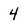
Character: 4